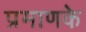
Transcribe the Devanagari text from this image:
प्रमाणके